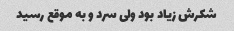
شکرش زیاد بود ولی سرد و به موقع رسید